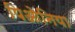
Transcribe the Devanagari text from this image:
पिओनिया